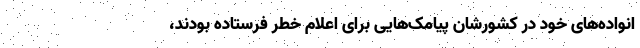
انواده‌های خود در کشورشان پیامک‌هایی برای اعلام خطر فرستاده بودند،